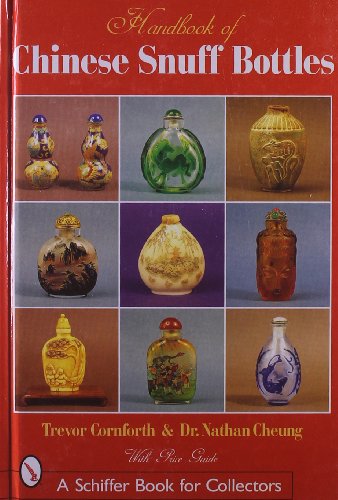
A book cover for The Handbook of Chinese Snuff Bottles; Trevor W. Cornforth; Crafts, Hobbies & Home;